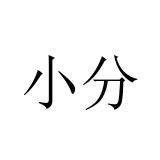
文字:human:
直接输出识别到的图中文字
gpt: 小分